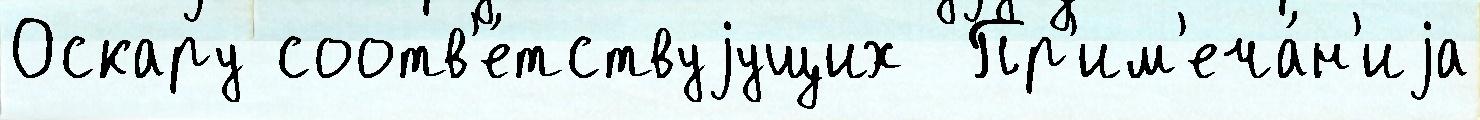
Оскару соотв'е́тствуjущих  Пр'им'еча́н'иjа